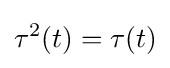
\tau ^{2}(t)=\tau (t)